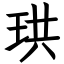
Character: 珙